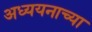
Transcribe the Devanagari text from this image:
अध्ययनाच्या